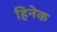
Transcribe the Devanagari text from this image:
हिनेक